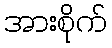
အားစိုက်